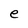
Character: e